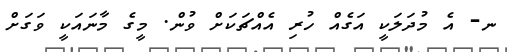
ނ- އެ މުދަލަކީ އަގެއް ހުރި އެއްޗަކަށް ވުން. މީގެ މާނައަކީ ވަގަށް